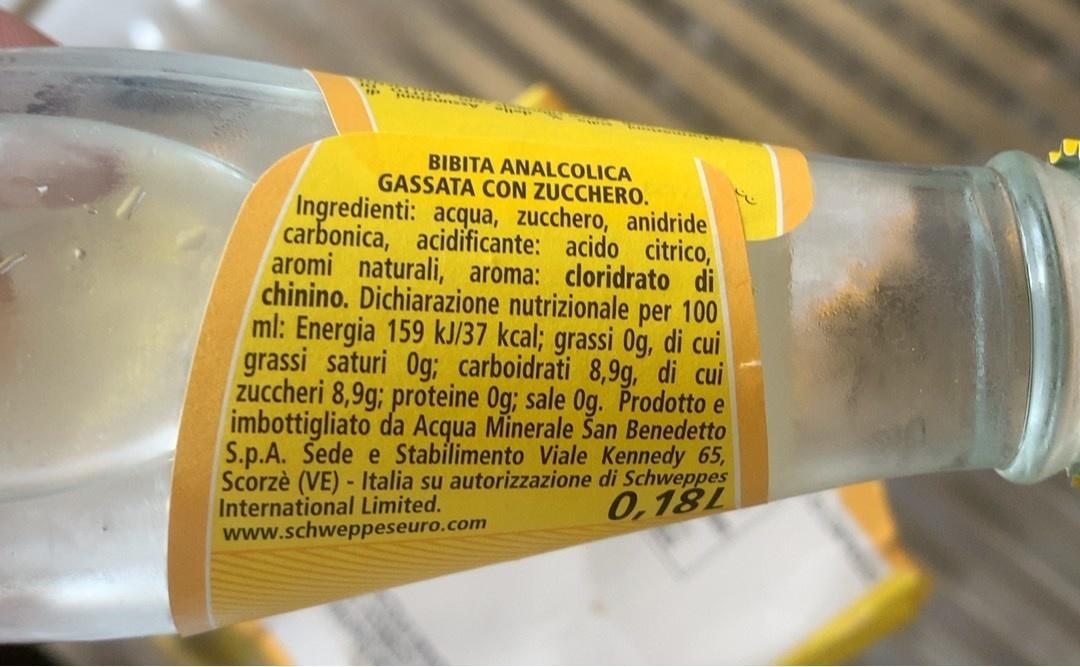
BIBITA ANALCOLICA GASSATA CON ZUCCHERO.
Ingredienti: acqua, zucchero, anidride carbonica, acidificante: acido citrico, aromi naturali, aroma: cloridrato di chinino. Dichiarazione nutrizionale per 100 ml: Energia 159 kJ/37 kcal; grassi 0g, di cui grassi saturi Og; carboidrati 8,9g, di cui zuccheri 8,9g; proteine Og; sale 0g. Prodotto e imbottigliato da Acqua Minerale San Benedetto S.p.A. Sede e Stabilimento Viale Kennedy 65, Scorzè (VE) - Italia su autorizzazione di Schweppes International Limited. www.schweppeseuro.com
0,18L